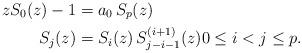
LaTeX: \begin{align*}z S_{0}(z)-1 & =a_{0}\,S_{p}(z)\\S_{j}(z) & =S_{i}(z)\,S_{j-i-1}^{(i+1)}(z)0\leq i<j\leq p.\end{align*}